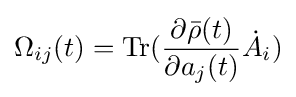
\Omega _{ij}(t)={\text{Tr}}({\frac {\partial {\bar {\rho }}(t)}{\partial a_{j}(t)}}{\dot {A}}_{i})